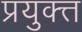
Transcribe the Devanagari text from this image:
प्रयुक्त्त